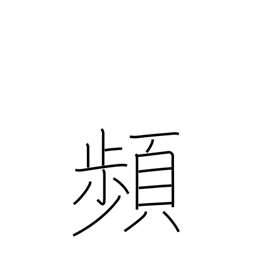
Meaning: recur